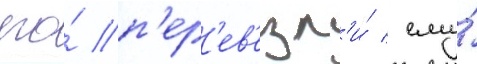
его́ п'ер'ев'езл'и́ / ему́